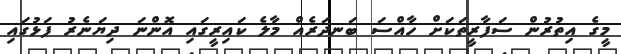
މީގެ އިތުރުން ސަފާރީތަކަށް ހާއްސަ ބަނދަރެއް މާލެ ކައިރީގައި އޮންނަ ދިޔަނެރު ފަޅުގައި